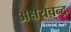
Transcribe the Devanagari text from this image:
अक्षयचन्द्र